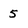
Character: 5